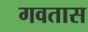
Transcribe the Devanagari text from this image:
गवतास